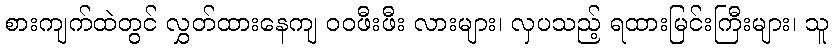
စားကျက်ထဲတွင် လွှတ်ထားနေကျ ဝဝဖီးဖီး လားများ၊ လှပသည့် ရထားမြင်းကြီးများ၊ သူ